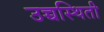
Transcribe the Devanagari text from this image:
उच्चस्थिती